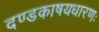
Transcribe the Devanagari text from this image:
दण्डकाषयधारणः